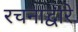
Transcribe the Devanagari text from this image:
रचनाद्वारे